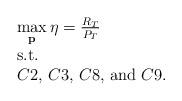
LaTeX: \begin{align*}\begin{array}{l}\mathop {\max }\limits_{\bf p} \eta=\frac{R_T}{P_T}\\{\rm{s}}{\rm{.t}}{\rm{.}}\\C2,\,C3,\,C8,\,{\rm and}\,\, C9.\end{array}\end{align*}